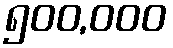
၅၀၀,၀၀၀